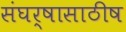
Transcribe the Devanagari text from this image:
संघर्षासाठीष